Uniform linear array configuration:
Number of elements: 16
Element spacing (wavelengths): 1
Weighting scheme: uniform
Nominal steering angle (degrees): -15
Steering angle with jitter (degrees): -14.701
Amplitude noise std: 0.05
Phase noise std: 0.05

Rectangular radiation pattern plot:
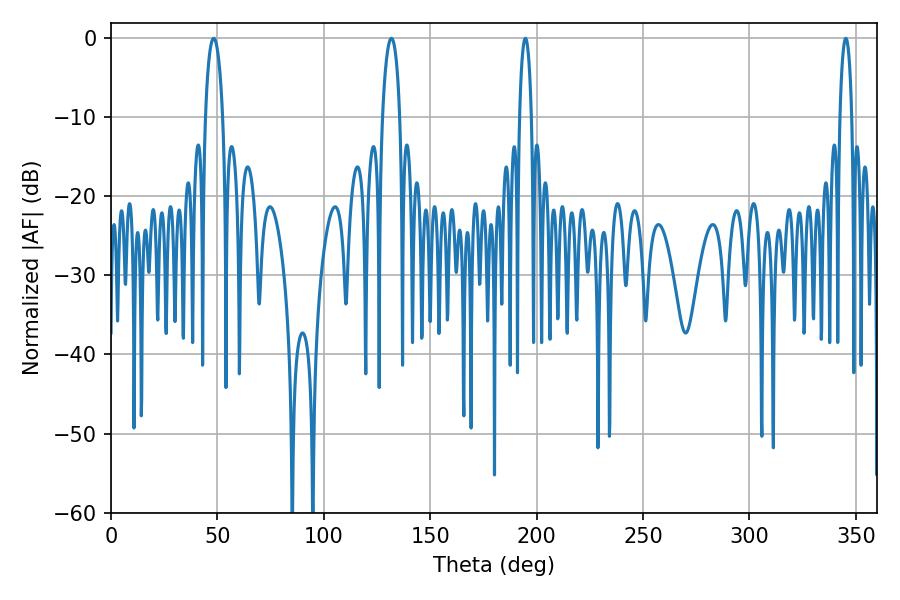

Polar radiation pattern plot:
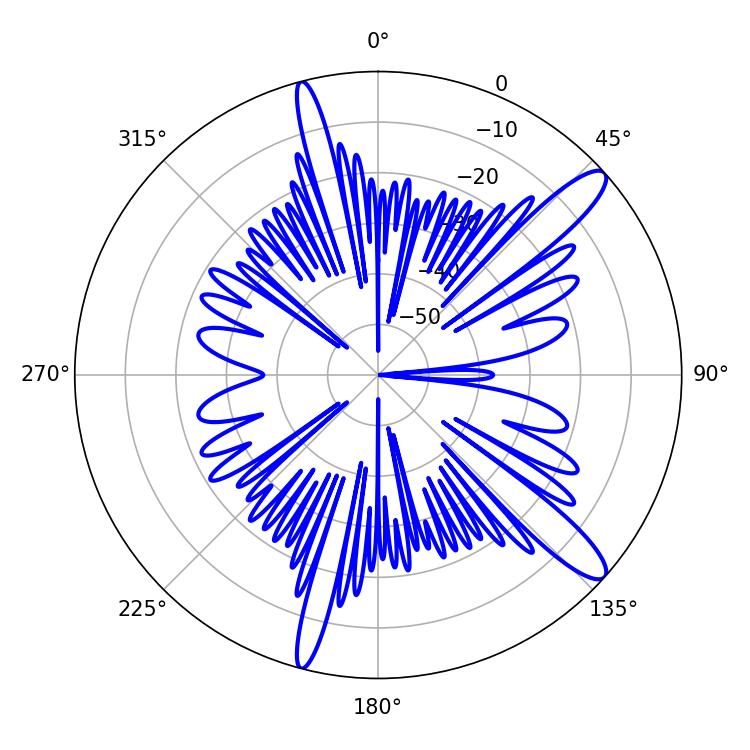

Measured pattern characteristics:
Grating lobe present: TRUE
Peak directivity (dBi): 12.829
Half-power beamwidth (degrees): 4.68
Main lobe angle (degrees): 48.24